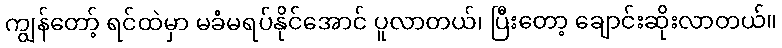
ကျွန်တော့် ရင်ထဲမှာ မခံမရပ်နိုင်အောင် ပူလာတယ်၊ ပြီးတော့ ချောင်းဆိုးလာတယ်။